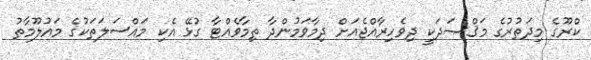
ކްރޫގެ މިދަތުރުގެ މަޤްޞަދަކީ ދިވެހިރާއްޖެއަށް ދިމާވަމުންދާ ތިމާވެއްޓާ ގުޅޭ އެކި މައްސަލަތަކުގެ މައުލޫމާތު